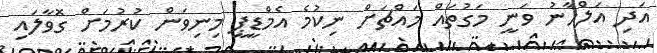
އަދި އަލްހާނު ވަނީ މަގުތައް މައްޗަށް ނިކުމެ އެމްޑީޕީ މިނިވަން ކުރުމަށް ގޮވާލައި